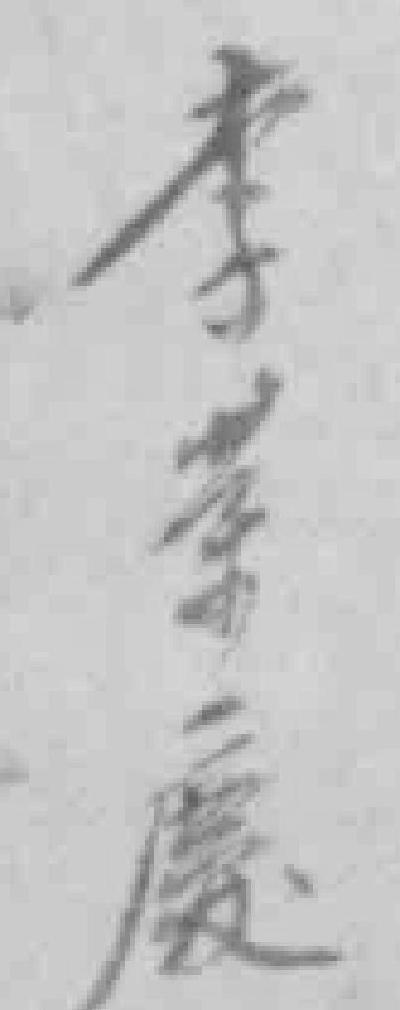
李荣慶